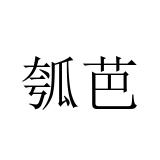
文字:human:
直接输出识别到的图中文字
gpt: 瓠芭